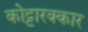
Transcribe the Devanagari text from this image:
कोट्टारक्कार